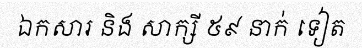
ឯកសារ និង សាក្សី ៥៩ នាក់ ទៀត